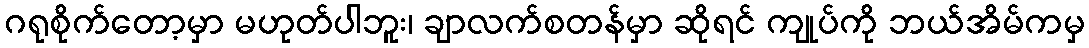
ဂရုစိုက်တော့မှာ မဟုတ်ပါဘူး၊ ချာလက်စတန်မှာ ဆိုရင် ကျုပ်ကို ဘယ်အိမ်ကမှ